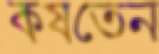
কষতেন